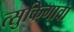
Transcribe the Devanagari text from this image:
त्सुकिगावा